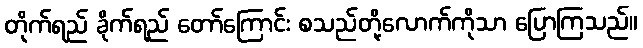
တိုက်ရည် ခိုက်ရည် တော်ကြောင်း စသည်တို့လောက်ကိုသာ ပြောကြသည်။